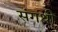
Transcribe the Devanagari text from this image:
संगथी